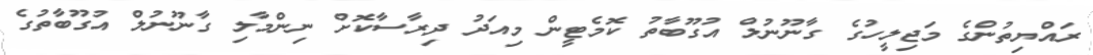
ރައްޔިތުންގެ މަޖިލީހުގެ ގާނޫނުލް އުގޫބާތު ކޮމެޓީން މިއަދު ދިރާސާކޮށް ނިންމާލި ގާނޫނުލް އުގޫބާތުގެ